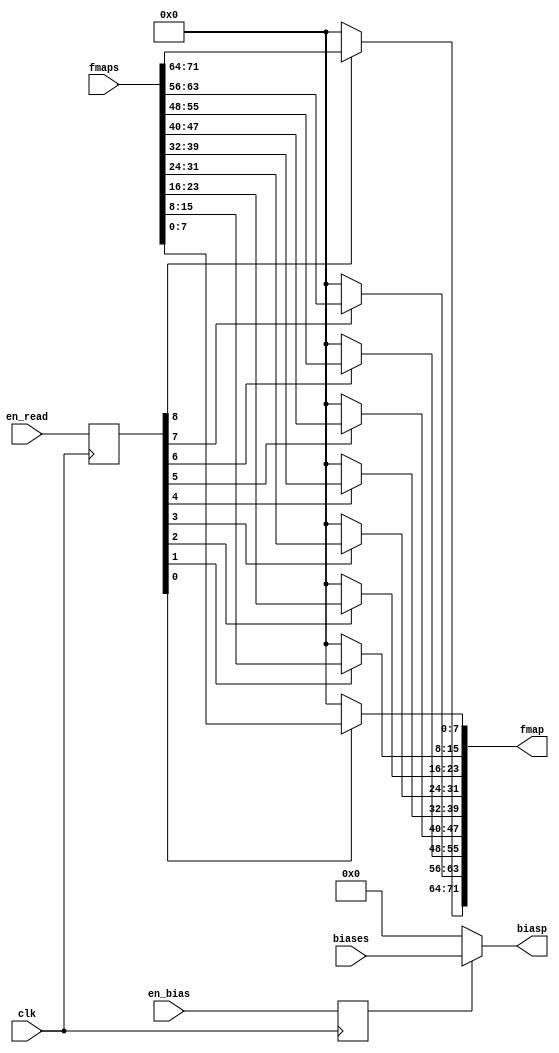


module control_part_simple

#(

parameter width = 80,
parameter height = 8,

parameter width_b = 7,
parameter height_b = 3

)

(en_read, en_bias,// from ram


fmaps, biases, // from mem

fmap, biasp, // to pe

clk
);

parameter step0 = width - 9;
parameter step1 = width - 18;
parameter step2 = width - 27;
parameter step3 = width - 36;
parameter step4 = width - 45;
parameter step5 = width - 54;

parameter bias = 2;


input [8:0] en_read;
input en_bias;
input clk;

input [8*9-1:0] fmaps;
output [8*9-1:0] fmap;
input [16*8-1:0] biases;
output [16*8-1:0] biasp;

reg [8:0] en_read_d;
reg en_bias_d;

always @(posedge clk) begin
       en_read_d <= en_read;
       en_bias_d <= en_bias;
end


//for zero padding and else
assign fmap[8*9-1-8*0-:8] = en_read_d[8] ? fmaps[8*9-1-8*0-:8] : 8'b0000_0000;
assign fmap[8*9-1-8*1-:8] = en_read_d[7] ? fmaps[8*9-1-8*1-:8] : 8'b0000_0000;
assign fmap[8*9-1-8*2-:8] = en_read_d[6] ? fmaps[8*9-1-8*2-:8] : 8'b0000_0000;
assign fmap[8*9-1-8*3-:8] = en_read_d[5] ? fmaps[8*9-1-8*3-:8] : 8'b0000_0000;
assign fmap[8*9-1-8*4-:8] = en_read_d[4] ? fmaps[8*9-1-8*4-:8] : 8'b0000_0000;
assign fmap[8*9-1-8*5-:8] = en_read_d[3] ? fmaps[8*9-1-8*5-:8] : 8'b0000_0000;
assign fmap[8*9-1-8*6-:8] = en_read_d[2] ? fmaps[8*9-1-8*6-:8] : 8'b0000_0000;
assign fmap[8*9-1-8*7-:8] = en_read_d[1] ? fmaps[8*9-1-8*7-:8] : 8'b0000_0000;
assign fmap[8*9-1-8*8-:8] = en_read_d[0] ? fmaps[8*9-1-8*8-:8] : 8'b0000_0000;

assign biasp = en_bias_d ? biases : 0;



   

endmodule